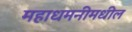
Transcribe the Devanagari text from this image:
महाधमनीमधील